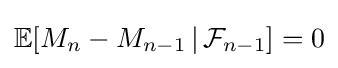
\mathbb {E} [M_{n}-M_{n-1}\,|\,{\mathcal {F}}_{n-1}]=0